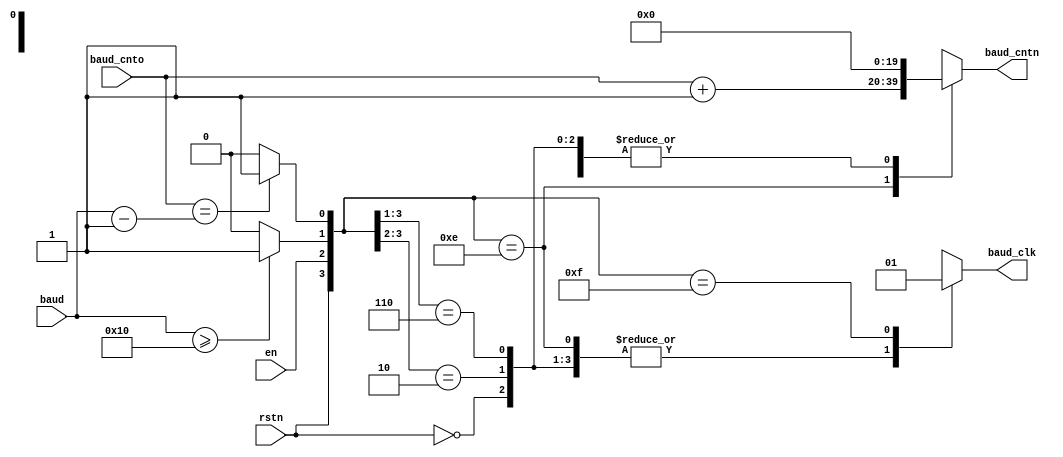
/*
	!!! --- Baudrate Generation module --- !!!
	
	Generate baudrateby bauddiv * clck
	Internal clock for TX/RX bits
*/

module baud_counter
(
	input wire			rstn,
	input wire			en,
	input wire [19:0] baud,
	input wire [19:0] baud_cnto,
	
	output reg [19:0] baud_cntn,
	output reg			baud_clk
);

wire reached;
wire valid_baud;

assign valid_baud = (baud >= 20'd16) ? 1'b1 : 1'b0;
assign reached = (baud_cnto == baud - 20'd1) ? 1'b1 : 1'b0;

always @ *
begin

	casex({rstn, en, valid_baud, reached})
	
		{1'b0, 1'bx, 1'bx, 1'bx}: begin
												baud_cntn = 20'b0;
												baud_clk  = 1'b0;
										  end
		
		{1'b1, 1'b0, 1'bx, 1'bx}: begin
												baud_cntn = 20'b0;
												baud_clk  = 1'b0;
										  end
										  
		{1'b1, 1'b1, 1'b0, 1'bx}: begin
												baud_cntn = 20'b0;
												baud_clk  = 1'b0;
										  end
										  
		{1'b1, 1'b1, 1'b1, 1'b0}: begin
												baud_cntn = baud_cnto + 20'b1;
												baud_clk  = 1'b0;
										  end
										  
		{1'b1, 1'b1, 1'b1, 1'b1}: begin
												baud_cntn = 20'b0;
												baud_clk  = 1'b1;
										  end

	endcase

end

endmodule